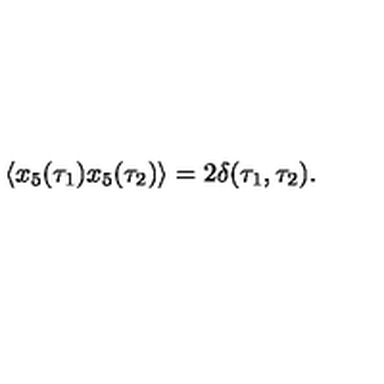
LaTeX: \langle x _ { 5 } ( \tau _ { 1 } ) x _ { 5 } ( \tau _ { 2 } ) \rangle = 2 \delta ( \tau _ { 1 } , \tau _ { 2 } ) .